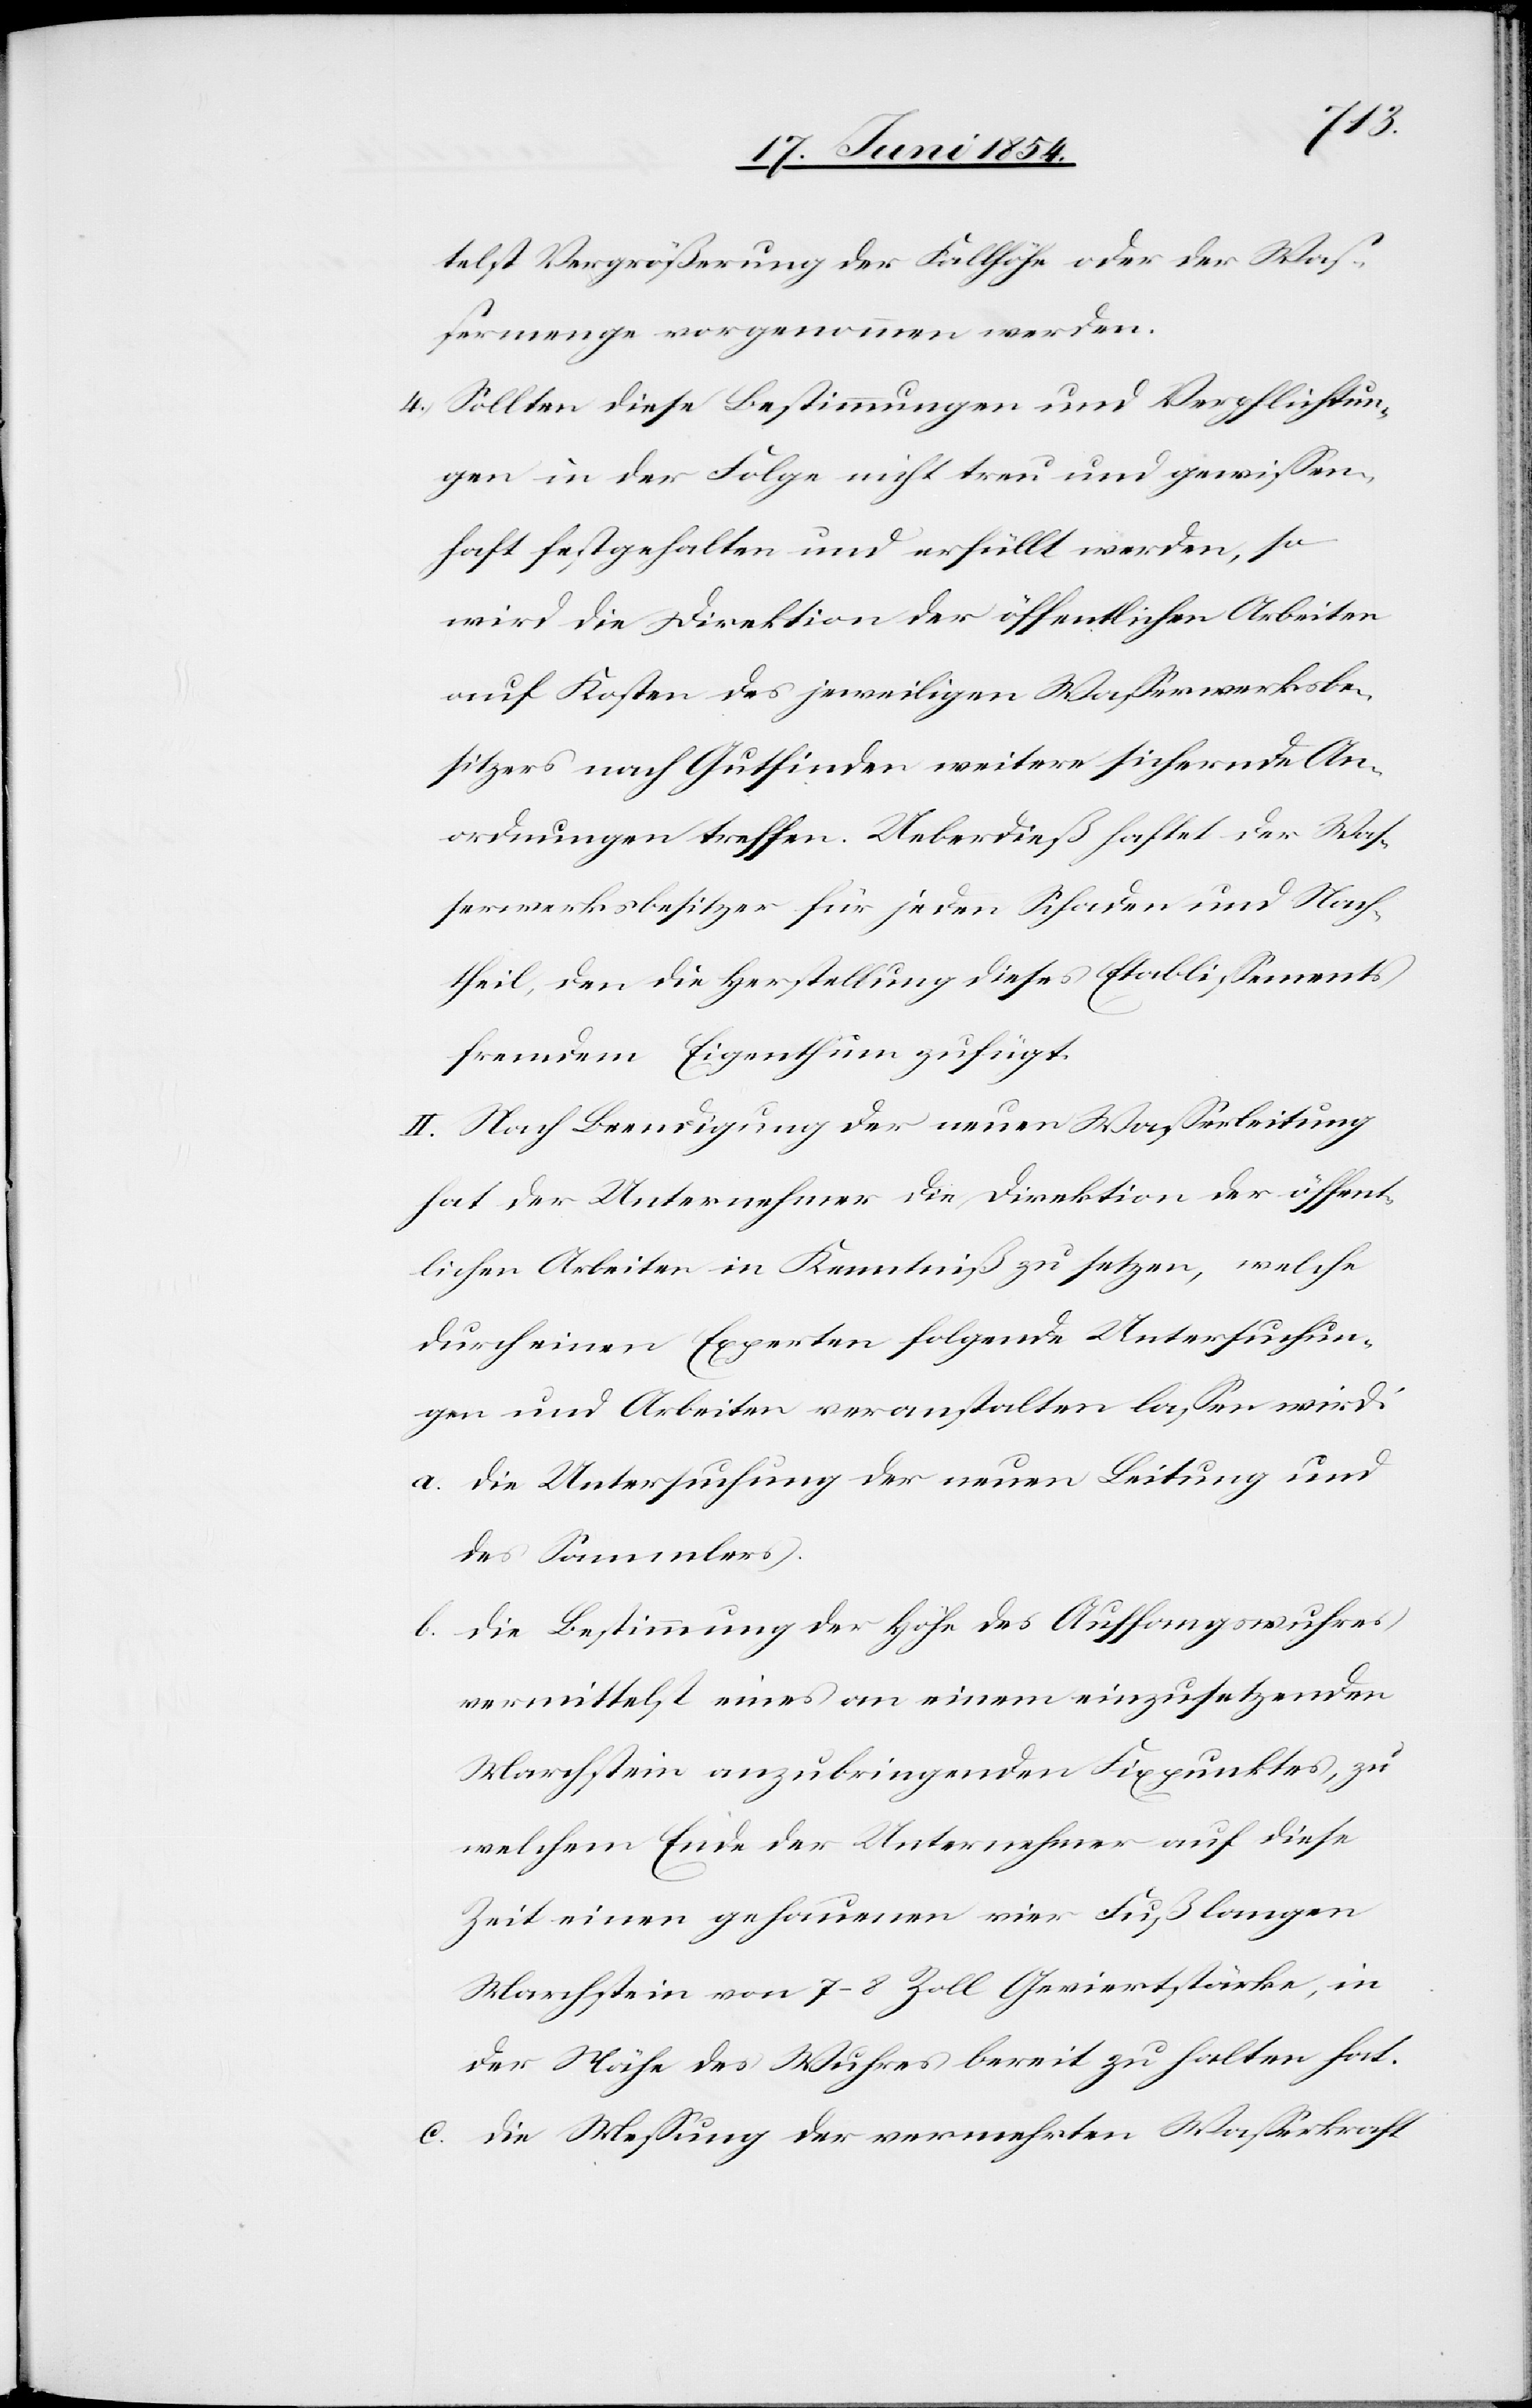
telst Vergrößerung der Fallhöhe oder der Waß¬
ermenge vorgenommen werden.
4.) Sollten diese Bestimmungen und Verpflichtun¬
gen in der Folge nicht treu und gewißen¬
haft festgehalten und erfüllt werden, so
wird die Direktion der öffentlichen Arbeiten
auf Kosten des jeweiligen Waßerwerksbe¬
sitzers nach Gutfinden weitere sichernde An¬
ordnungen treffen. Ueberdieß haftet der Waß¬
erwerksbesitzer für jeden Schaden und Nach¬
theil, den die Herstellung dieses Etablißements
fremdem Eigenthum zufügt.
II. Nach Beendigung der neuen Waßerleitung
hat der Unternehmer die Direktion der öffent¬
lichen Arbeiten in Kenntniß zu setzen, welche
durch einen Experten folgende Untersuchun¬
gen und Arbeiten veranstalten laßen wird:
a. die Untersuchung der neuen Leitung und
des Sammlers.
b. die Bestimmung der Höhe des Auffangwuhres
vermittelst eines an einem einzusetzenden
Marchstein anzubringenden Fixpunktes, zu
welchem Ende der Unternehmer auf diese
Zeit einen gehauenen vier Fuß langen
Marchstein von 7–8 Zoll Geviertstärke, in
der Nähe des Wuhres bereits zu halten hat.
c. die Meßung der mehrten Waßerkraft